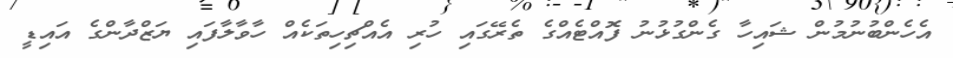
އެހެންބުނުމުން ޝައިހާ ގެންގުޅުނު ފޮއްޓެއްގެ ތެރޭގައި ހުރި އެއްޗިހިތަކެއް ހާވާލާފައި ޔަޒްދާންގެ އައިޑީ